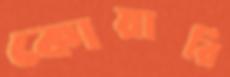
কোয়ারি